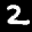
Label: 2